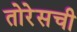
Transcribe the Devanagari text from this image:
तोरेसची